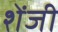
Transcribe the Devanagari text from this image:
शेंजी